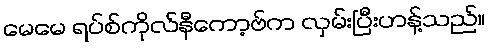
မေမေ ရပ်စ်ကိုလ်နီကော့ဗ်က လှမ်းပြီးဟန့်သည်။